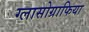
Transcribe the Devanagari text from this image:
ग्लासोग्राफिया